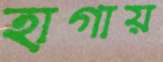
হাগায়